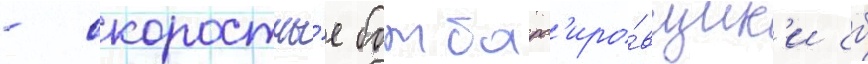
- скоростны́е бомбард'иро́вщик'и сб